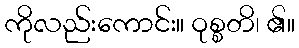
ကိုလည်းကောင်း။ ဝုစ္စတိ၊ ၏။